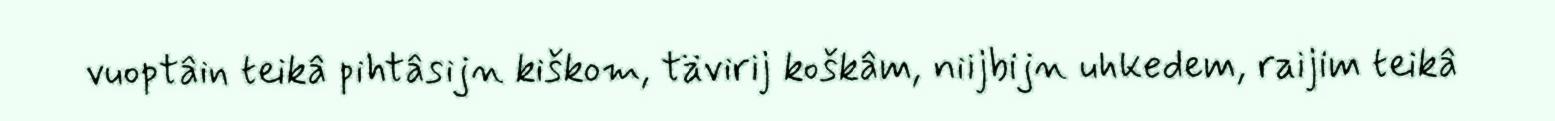
vuoptâin teikâ pihtâsijn kiškom, tävirij koškâm, niijbijn uhkedem, raijim teikâ